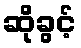
ဆိုခွင့်